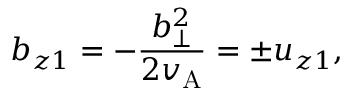
b _ { z 1 } = - \frac { b _ { \perp } ^ { 2 } } { 2 v _ { \mathrm { A } } } = \pm u _ { z 1 } ,